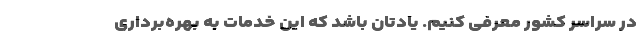
در سراسر کشور معرفی کنیم. یادتان باشد که این خدمات به بهره‌برداری